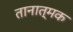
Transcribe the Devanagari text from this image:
तानात्मक